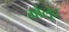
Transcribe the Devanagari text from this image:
मौलूद